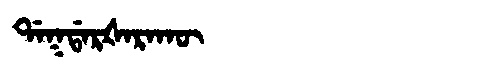
Manchu: ᡩᠠᡴᡩᠠᡵᡧᠠᡵᠠᡴᡡ
Romanization: DAKDARŠARAKŪ